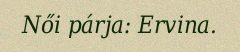
Női párja: Ervina.